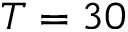
T = 3 0